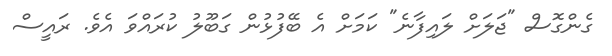
ގެންގޮސް "ޖަލަށް ލައިފާނެ" ކަމަށް އެ ބޭފުޅުން ގަބޫލު ކުރައްވަ އެވެ. ރައީސް